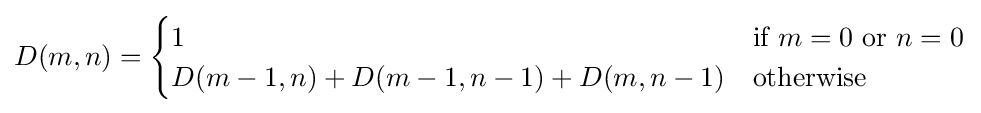
D(m,n)={\begin{cases}1&{\text{if }}m=0{\text{ or }}n=0\\D(m-1,n)+D(m-1,n-1)+D(m,n-1)&{\text{otherwise}}\end{cases}}